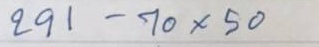
291 - 70 x 50